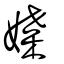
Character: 媟